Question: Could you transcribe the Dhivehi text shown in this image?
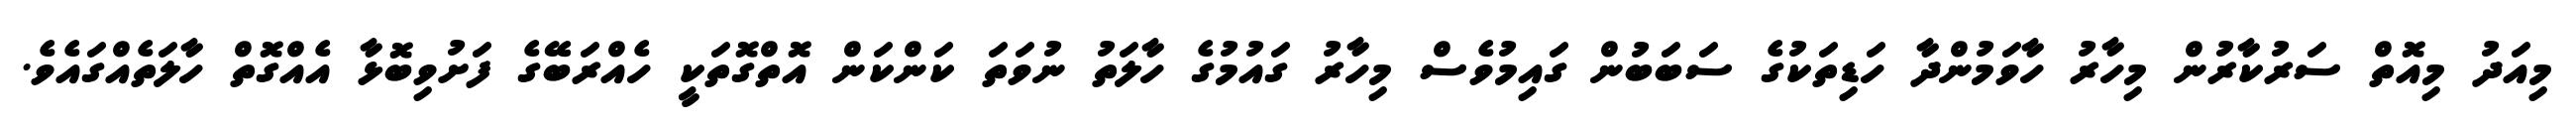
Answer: މިއަދު މިއޮތް ސަރުކާރުން މިހާރު ހާވަމުންދާ ހަޑިތަކުގެ ސަބަބުން ގައިމުވެސް މިހާރު ގައުމުގެ ހާލަތު ނުވަތަ ކަންކަން އޮތްގޮތަކީ ހެއްރަބޭގެ ފަށުވިބޮޅާ އެއްގޮތް ހާލަތެއްގައެވެ.